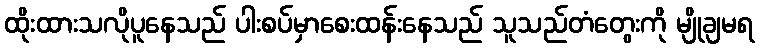
ထိုးထားသလိုပူနေသည် ပါးစပ်မှာစေးထန်းနေသည် သူသည်တံတွေးကို မျိုချမရ